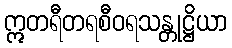
ဣတရီတရစီဝရသန္တုဋ္ဌိယာ